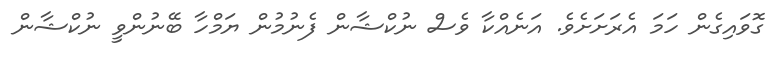
ގޮވައިގެން ހަމަ އެރަށަށެވެ. އަނެއްކާ ވެސް ނުކްޝާން ފެނުމުން ޔަމްހާ ބޭނުންވީ ނުކްޝާން